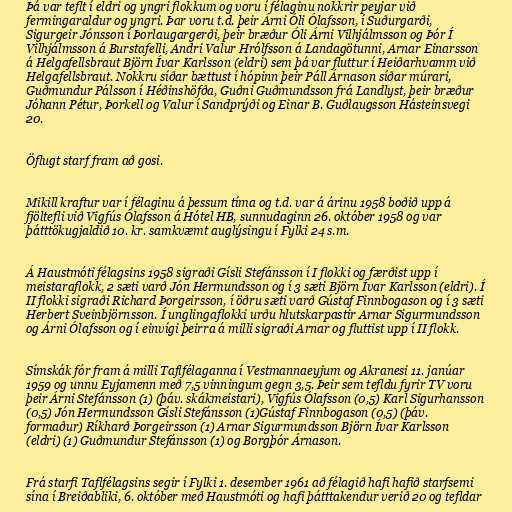
Þá var teflt í eldri og yngri flokkum og voru í félaginu nokkrir peyjar við
fermingaraldur og yngri. Þar voru t.d. þeir Árni Óli Ólafsson, í Suðurgarði,
Sigurgeir Jónsson í Þorlaugargerði, þeir bræður Óli Árni Vilhjálmsson og Þór Í
Vilhjálmsson á Burstafelli, Andri Valur Hrólfsson á Landagötunni, Arnar Einarsson
á Helgafellsbraut Björn Ívar Karlsson (eldri) sem þá var fluttur í Heiðarhvamm við
Helgafellsbraut. Nokkru síðar bættust í hópinn þeir Páll Árnason síðar múrari,
Guðmundur Pálsson í Héðinshöfða, Guðni Guðmundsson frá Landlyst, þeir bræður
Jóhann Pétur, Þorkell og Valur í Sandprýði og Einar B. Guðlaugsson Hásteinsvegi
20.

Öflugt starf fram að gosi.

Mikill kraftur var í félaginu á þessum tíma og t.d. var á árinu 1958 boðið upp á
fjöltefli við Vigfús Ólafsson á Hótel HB, sunnudaginn 26. október 1958 og var
þátttökugjaldið 10. kr. samkvæmt auglýsingu í Fylki 24 s.m.

Á Haustmóti félagsins 1958 sigraði Gísli Stefánsson í I flokki og færðist upp í
meistaraflokk, 2 sæti varð Jón Hermundsson og í 3 sæti Björn Ívar Karlsson (eldri). Í
II flokki sigraði Richard Þorgeirsson, í öðru sæti varð Gústaf Finnbogason og í 3 sæti
Herbert Sveinbjörnsson. Í unglingaflokki urðu hlutskarpastir Arnar Sigurmundsson
og Árni Ólafsson og í einvígi þeirra á milli sigraði Arnar og fluttist upp í II flokk.

Símskák fór fram á milli Taflfélaganna í Vestmannaeyjum og Akranesi 11. janúar
1959 og unnu Eyjamenn með 7,5 vinningum gegn 3,5. Þeir sem tefldu fyrir TV voru
þeir Árni Stefánsson (1) (þáv. skákmeistari), Vigfús Ólafsson (0,5) Karl Sigurhansson
(0,5) Jón Hermundsson Gísli Stefánsson (1)Gústaf Finnbogason (0,5) (þáv.
formaður) Ríkharð Þorgeirsson (1) Arnar Sigurmundsson Björn Ívar Karlsson
(eldri) (1) Guðmundur Stefánsson (1) og Borgþór Árnason.

Frá starfi Taflfélagsins segir í Fylki 1. desember 1961 að félagið hafi hafið starfsemi
sína í Breiðabliki, 6. október með Haustmóti og hafi þátttakendur verið 20 og tefldar